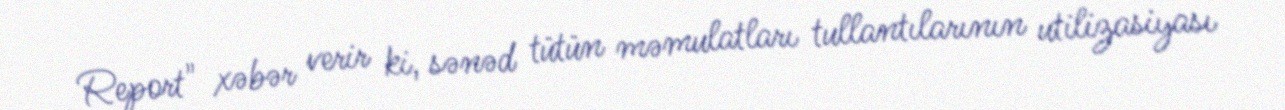
Report" xəbər verir ki, sənəd tütün məmulatları tullantılarının utilizasiyası